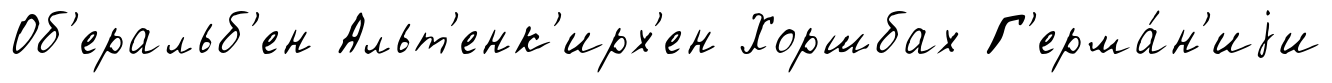
Об'еральб'ен Альт'енк'ирх'ен Хоршбах Г'ерма́н'иjи